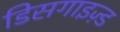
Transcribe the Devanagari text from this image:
डिसगाइज़्ड